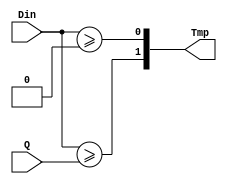
// 
// Designer: P76124265
//
module Q_Comparator(
    input signed [4:0] Din,
    input signed [4:0] Q,
    output [1:0] Tmp
);

/*Write your design here*/

assign Tmp[0] = (Din >= 0);
assign Tmp[1] = (Din >= Q);


endmodule